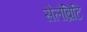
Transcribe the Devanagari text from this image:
सेलेब्रिटि